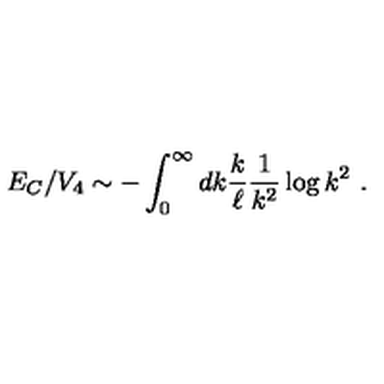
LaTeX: E _ { C } / V _ { 4 } \sim - \int _ { 0 } ^ { \infty } d k { \frac { k } { \ell } } { \frac { 1 } { k ^ { 2 } } } \log k ^ { 2 } \ .